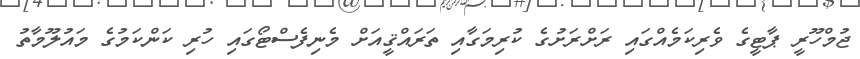
ޖުމްހޫރީ ޕާޓީގެ ވެރިކަމެއްގައި ރަށްރަށުގެ ކުރިމަގާއި ތަރައްޤީއަށް މެނިފެސްޓޯގައި ހުރި ކަންކަމުގެ މައުލޫމާތު